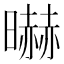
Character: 㬨